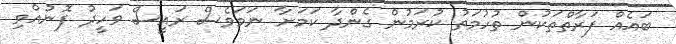
ބައެއް ފަރާތްތަކުން ތުހުމަތު ކުރަމުން ގެންދާ ކަމަށާ ނަމަވެސް ރައީސް ވަހީދު ފޮނުއްވި